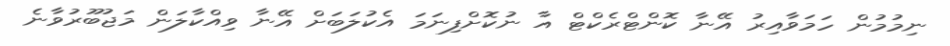
ނިމުމުން ހަމަވާއިރު އޭނާ ކޮންޓްރެކްޓް އާ ނުކޮށްފިނަމަ އެކުލަބަށް އޭނާ ވިއްކާލަން މަޖުބޫރުވާނެ